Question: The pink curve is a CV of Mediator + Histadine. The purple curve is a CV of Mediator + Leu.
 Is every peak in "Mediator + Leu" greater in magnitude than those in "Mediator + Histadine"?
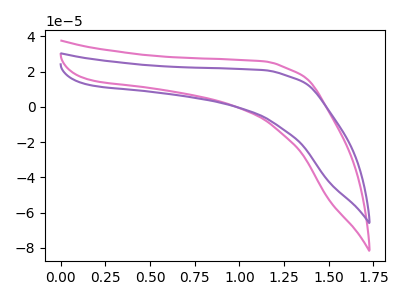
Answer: <think>The pink curve "Mediator + Histadine" has no peaks. The purple curve "Mediator + Leu" has no peaks.</think>
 <answer>Niether CV has any peaks.</answer>
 <eval>blanks</eval>